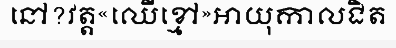
នៅ?វត្ត«ឈើខ្មៅ»អាយុកាលជិត